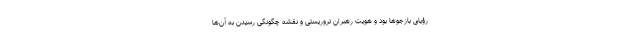
رؤیای بازجوها بود و هویت رهبران تروریستی و نقشه چگونگی رسیدن به آن‌ها